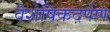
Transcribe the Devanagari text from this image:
वैशेषिकदर्पण